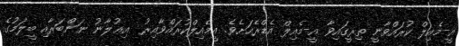
އީ-މެއިލް ކުރައްވާނީ ތިރީގައިވާ އީ-މެއިލް އެޑްރެހަށެވެ. އީމެއިލްކުރައްވާއިރު  އިޢުލާނު ނަންބަރާއި ބީލަމުގެ